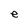
Character: e